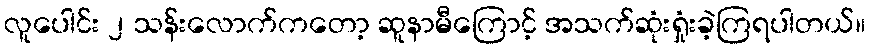
လူပေါင်း ၂ သန်းလောက်ကတော့ ဆူနာမီကြောင့် အသက်ဆုံးရှုံးခဲ့ကြရပါတယ်။